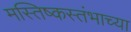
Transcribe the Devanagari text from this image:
मस्तिष्कस्तंभाच्या